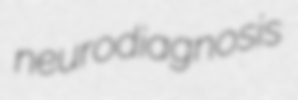
neurodiagnosis